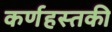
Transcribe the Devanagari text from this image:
कर्णहस्तकी